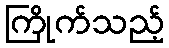
ကြိုက်သည့်